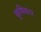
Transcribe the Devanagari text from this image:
कृषिकार